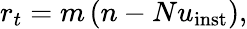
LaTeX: r_{t}=m\left(n-Nu_{\mathrm{{inst}}}\right),